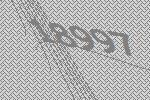
18997